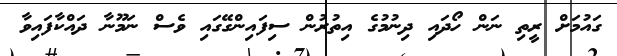
ގައުމަށް ރީތި ނަން ހޯދައި ދިނުމުގެ އިތުރުން ސިފައިންގޭގައި ވެސް ނަމޫނާ ދައްކާފައިވާ